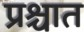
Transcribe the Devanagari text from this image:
प्रश्चात